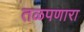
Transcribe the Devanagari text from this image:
तळपणारा